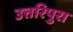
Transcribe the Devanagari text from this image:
उत्तरिपुरा